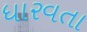
ધારવતા